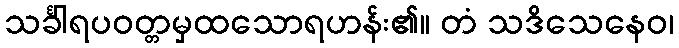
သင်္ခါရပဝတ္တမှထသောရဟန်း၏။ တံ သဒိသေနေဝ၊